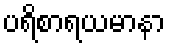
ပရိစာရယမာနာ